Burma Government Medical School reports 1907-22
Year: 1907
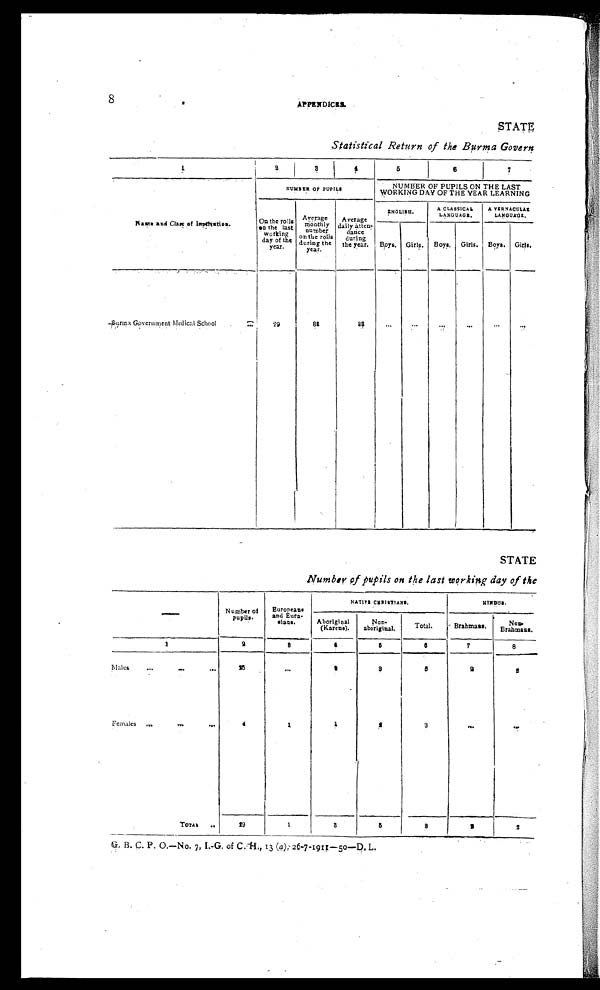
8
APPENDICES.
STATE
Statistical Return of the Burma Govern
1
2
3
4
5
6
7
Name and Class ofIntrduction.
NUMBER OP PUPILS
NUMBER OF PUPILS ON THE LAST
WORKING DAY OF THE YEAsR LEARNING
On the rolls
on the last
working
day of the
year.
Av e r a g e
monthly
number
on the rolls
during the
year.
Average
daily atten-
dance
during
the year.
ENGLISH.
A CLASSICAL
LANGUAGE.
A V E R N A C U L A X
LANGUAGE.
Boys. Girls.
Boys.
Girls. Boys. Girls.
Burma Government Medical School
. . .
29
81
88
. . .
...
. . .
. . .
. . .
. . .
STATE
Number of pupils on the last working day of the
—
Number of
pupils.
European
and Eura
Mans.
NATIVE CHRISTIANS.
HINDUS.
Aboriginal
(Karens).
Non-
aboriginal.
Total.
Brahma.
N o n -
Brahmans.
1
2
3
4
5
6
7
8
Males
...
...
. . .
26
. . .
. . .
2 5
2 2
Females
...
...
. . .
4
1 1
2
3
. . .
. . .
Total
..
29
1
3
5
8
2
2
G . B . C . P . O . — N o . 7 , I . - G . o f C . H . 1 3 ( a ) , 2 6 - 7 - 1 9 1 1 - 5 0 — D . L .